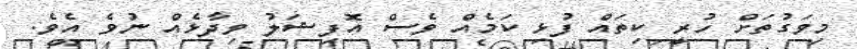
މިވަގުތަށް ހުރީ ކިތައް ފުޅި ކަމެއް ވެސް އޮފިޝަލު ވިދާޅެއް ނުވެ އެވެ.